Etiology and epidemiology of plague
Disease focus: Plague
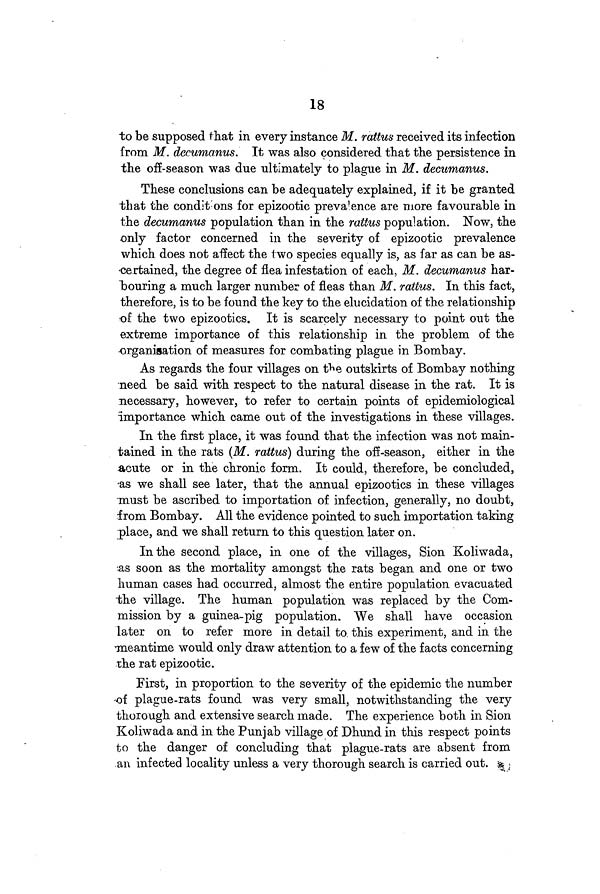
18
to be supposed that in every instance M. rattus received its infection
from M. decumanus. It was also considered that the persistence in
the off-season was due ultimately to plague in M. decumanus.
These conclusions can be adequately explained, if it be granted
that the conditions for epizootic prevalence are more favourable in
the decumanus population than in the rattus population. Now, the
only factor concerned in the severity of epizootic prevalence
which does not affect the two species equally is, as far as can be as-
certained, the degree of flea infestation of each, M. decumanus har-
bouring a much larger number of fleas than M. rattus. In this fact,
therefore, is to be found the key to the elucidation of the relationship
of the two epizootics. It is scarcely necessary to point out the
extreme importance of this relationship in the problem of the
organisation of measures for combating plague in Bombay.
As regards the four villages on the outskirts of Bombay nothing
need be said with respect to the natural disease in the rat. It is
necessary, however, to refer to certain points of epidemiological
importance which came out of the investigations in these villages.
In the first place, it was found that the infection was not main-
tained in the rats (M. rattus) during the off-season, either in the
acute or in the chronic form. It could, therefore, be concluded,
as we shall see later, that the annual epizootics in these villages
must be ascribed to importation of infection, generally, no doubt,
from Bombay. All the evidence pointed to such importation taking
place, and we shall return to this question later on.
In the second place, in one of the villages, Sion Koliwada,
as soon as the mortality amongst the rats began and one or two
human cases had occurred, almost the entire population evacuated
the village. The human population was replaced by the Com-
mission by a guinea-pig population. We shall have occasion
later on to refer more in detail to this experiment, and in the
meantime would only draw attention to a few of the facts concerning
the rat epizootic.
First, in proportion to the severity of the epidemic the number
of plague-rats found was very small, notwithstanding the very
thorough and extensive search made. The experience both in Sion
Koliwada and in the Punjab village of Dhund in this respect points
to the danger of concluding that plague-rats are absent from
an infected locality unless a very thorough search is carried
out.